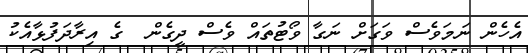
އެހެން ނަމަވެސް ވަގަށް ނަގާ ވޯޓުތައް ވެސް ދީގެން  ގެ އިރާދަފުޅާއެކު